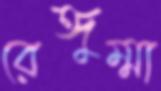
রেঙ্গুম্মা